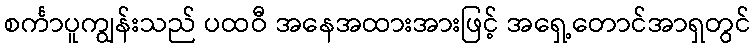
စင်္ကာပူကျွန်းသည် ပထဝီ အနေအထားအားဖြင့် အရှေ့တောင်အာရှတွင်